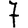
Digit: 7